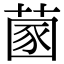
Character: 𦵣